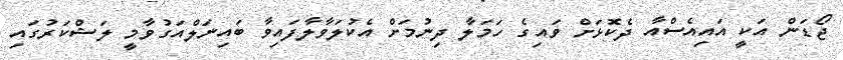
ޖޯޑަން އަކީ އައިއެސްއާ ދެކޮޅަށް ވައިގެ ހަމަލާ ދިނުމަށް އެކުލަވާލާފައިވާ ބައިނަލްއަގުވާމީ ލަޝްކަރުގައި